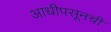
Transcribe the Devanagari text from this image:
आधीपसूनची